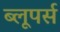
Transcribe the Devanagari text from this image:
ब्लूपर्स